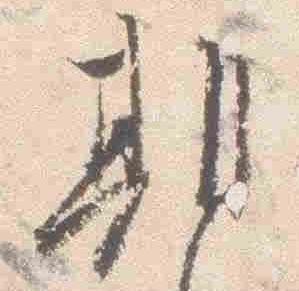
期